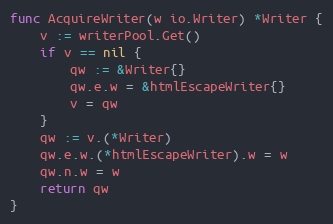
Language: Go
func AcquireWriter(w io.Writer) *Writer {
	v := writerPool.Get()
	if v == nil {
		qw := &Writer{}
		qw.e.w = &htmlEscapeWriter{}
		v = qw
	}
	qw := v.(*Writer)
	qw.e.w.(*htmlEscapeWriter).w = w
	qw.n.w = w
	return qw
}